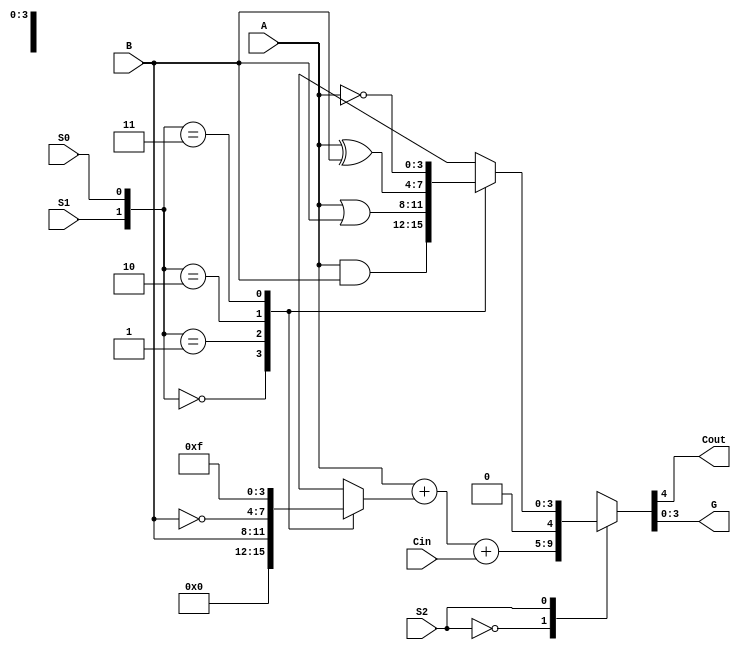
module ALU_4(S2, S1, S0, Cin, A, B, Cout, G); 
input S2, S1, S0; //Select Signals
input Cin; //Carry In
input [3:0] A, B; //ALU input A, B
output Cout; //Carry Out 
output [3:0] G; //ALU output G 
reg Cout;
reg [3:0] G, Y, G_L;
wire [4:0] G_A;
always@(S1 or S0 or B)
case({S1,S0})
2'b00: Y = 4'b0000;
2'b01: Y = B;
2'b10: Y = ~B;
2'b11: Y = 4'b1111;
endcase
assign G_A = A + Y + Cin;
always@(S1 or S0 or A or B)
case({S1,S0})
2'b00: G_L = A & B; //AND
2'b01: G_L = A | B; //OR
2'b10: G_L = A ^ B; //XOR
2'b11: G_L = ~A; //NOT
endcase
always@(S2 or G_A or G_L)
case(S2)
1'b0: {Cout, G} = G_A;
1'b1: {Cout, G} = {1'b0, G_L};
endcase
endmodule